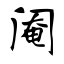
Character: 阉